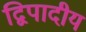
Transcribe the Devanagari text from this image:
द्विपादीय